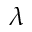
\lambda